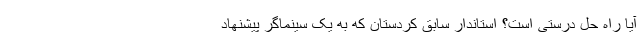
آیا راه حل درستی است؟ استاندار سابق کردستان که به یک سینماگر پیشنهاد